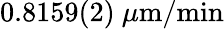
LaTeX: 0.8159(2)~\mu\mathrm{m/min}